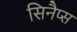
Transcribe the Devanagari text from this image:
सिनैप्स